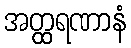
အတ္ထရဏာနံ